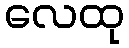
လေထု